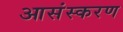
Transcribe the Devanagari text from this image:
आसंस्करण